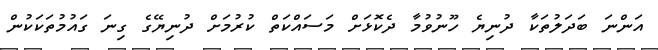
އަންނަ ބަދަލުތަކާ ދުނިޔެ ހޫނުވުމާ ދެކޮޅަށް މަސައްކަތް ކުރުމަށް ދުނިޔޭގެ ގިނަ ގައުމުތަކަކުން